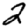
Digit: 2